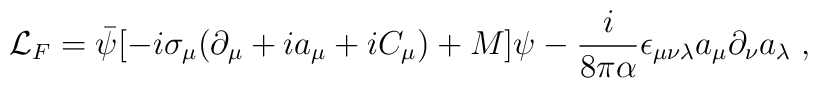
{\cal L}_F =  \bar\psi[-i\sigma_\mu(\partial_\mu + ia_\mu +iC_\mu) +M]\psi- \frac{i}{8\pi\alpha}\epsilon_{\mu\nu\lambda}a_\mu\partial_\nu a_\lambda\;,